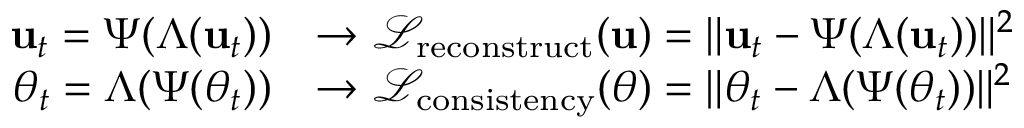
\begin{array} { r l } { \mathbf { u } _ { t } = \Psi ( \Lambda ( \mathbf { u } _ { t } ) ) } & { \rightarrow \mathcal { L } _ { \mathrm { r e c o n s t r u c t } } ( \mathbf { u } ) = \| \mathbf { u } _ { t } - \Psi ( \Lambda ( \mathbf { u } _ { t } ) ) \| ^ { 2 } } \\ { \theta _ { t } = \Lambda ( \Psi ( \theta _ { t } ) ) } & { \rightarrow \mathcal { L } _ { \mathrm { c o n s i s t e n c y } } ( \theta ) = \| \theta _ { t } - \Lambda ( \Psi ( \theta _ { t } ) ) \| ^ { 2 } } \end{array}